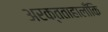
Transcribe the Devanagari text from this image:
अरक्तताहालाँकि